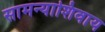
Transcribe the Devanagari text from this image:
सामन्याशिवाय